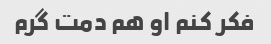
فکر کنم او هم دمت گرم